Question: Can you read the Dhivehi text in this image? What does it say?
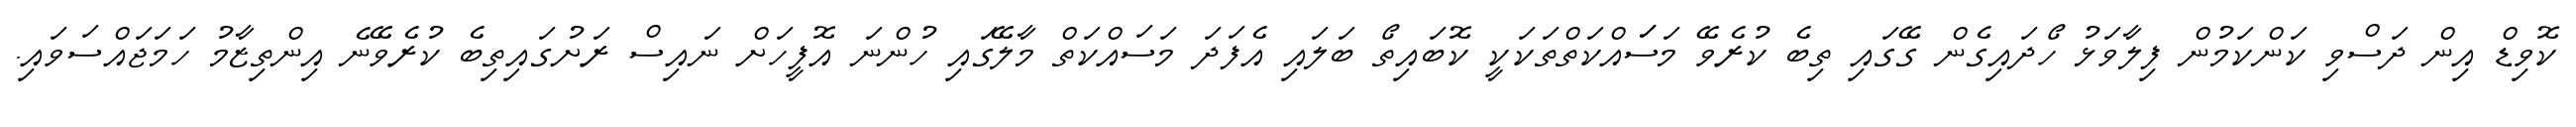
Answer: ކޮވިޑް އިން ދަސްވި ކަންކަމުން ފިލާވަޅު ހޯދައިގެން ގޭގައި ތިބެ ކުރެވޭ މަސަައްކަތްތަކަކީ ކޮބައިތޯ ބަލައި އެފަދަ މަސައްކަތް މާލޭގައި ހުންނަ އޮފީހަށް ނައިސް ރަށުގައިތިބެ ކުރެވޭނެ އިންތިޒާމު ހަމަޖައްސަވައި.